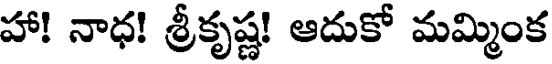
హా! నాధ! శ్రీకృష్ణ! ఆదుకో మమ్మింక